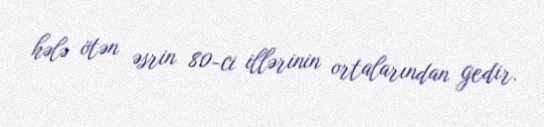
hələ ötən əsrin 80-ci illərinin ortalarından gedir.